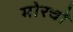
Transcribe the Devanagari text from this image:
मोरचों